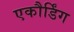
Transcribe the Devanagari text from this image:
एकौर्डिंग